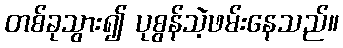
တစ်ခုသွား၍ ပုစွန်သဲ့ဖမ်းနေသည်။